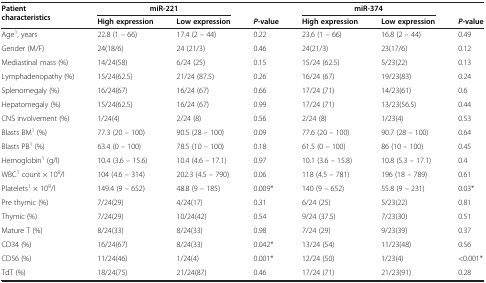
<table><thead><tr><td><b>Patient characteristics</b></td><td colspan="2"><b>miR-221</b></td><td><b> </b></td><td colspan="2"><b>miR-374</b></td><td><b> </b></td></tr><tr><td><b> </b></td><td><b>High expression</b></td><td><b>Low expression</b></td><td><b><i>P</i>-value</b></td><td><b>High expression</b></td><td><b>Low expression</b></td><td><b><i>P-</i>value</b></td></tr></thead><tbody><tr><td>Age<sup>1</sup>, years</td><td>22.8 (1 – 66)</td><td>17.4 (2 – 44)</td><td>0.22</td><td>23.6 (1 – 66)</td><td>16.8 (2 – 44)</td><td>0.49</td></tr><tr><td>Gender (M/F)</td><td>24(18/6)</td><td>24 (21/3)</td><td>0.46</td><td>24(21/3)</td><td>23(17/6)</td><td>0.12</td></tr><tr><td>Mediastinal mass (%)</td><td>14/24(58)</td><td>6/24 (25)</td><td>0.15</td><td>15/24 (62.5)</td><td>5/23(22)</td><td>0.13</td></tr><tr><td>Lymphadenopathy (%)</td><td>15/24(62.5)</td><td>21/24 (87.5)</td><td>0.26</td><td>16/24 (67)</td><td>19/23(83)</td><td>0.24</td></tr><tr><td>Splenomegaly (%)</td><td>16/24(67)</td><td>16/24 (67)</td><td>0.66</td><td>17/24 (71)</td><td>14/23(61)</td><td>0.6</td></tr><tr><td>Hepatomegaly (%)</td><td>15/24(62.5)</td><td>16/24 (67)</td><td>0.99</td><td>17/24 (71)</td><td>13/23(56.5)</td><td>0.44</td></tr><tr><td>CNS involvement (%)</td><td>1/24(4)</td><td>2/24 (8)</td><td>0.56</td><td>2/24 (8)</td><td>1/23(4)</td><td>0.53</td></tr><tr><td>Blasts BM<sup>1</sup> (%)</td><td>77.3 (20 – 100)</td><td>90.5 (28 – 100)</td><td>0.09</td><td>77.6 (20 – 100)</td><td>90.7 (28 – 100)</td><td>0.64</td></tr><tr><td>Blasts PB<sup>1</sup> (%)</td><td>63.4 (0 – 100)</td><td>78.5 (10 – 100)</td><td>0.18</td><td>61.5 (0 – 100)</td><td>86 (10 – 100)</td><td>0.45</td></tr><tr><td>Hemoglobin<sup>1</sup> (g/l)</td><td>10.4 (3.6 – 15.6)</td><td>10.4 (4.6 – 17.1)</td><td>0.97</td><td>10.1 (3.6 – 15.8)</td><td>10.8 (5.3 – 17.1)</td><td>0.4</td></tr><tr><td>WBC<sup>1</sup> count × 10<sup>9</sup>/l</td><td>104 (4.6 – 314)</td><td>202.3 (4.5 – 790)</td><td>0.06</td><td>118 (4.5 – 781)</td><td>196 (18 – 789)</td><td>0.61</td></tr><tr><td>Platelets<sup>1</sup> × 10<sup>9</sup>/l</td><td>149.4 (9 – 652)</td><td>48.8 (9 – 185)</td><td>0.009*</td><td>140 (9 – 652)</td><td>55.8 (9 – 231)</td><td>0.03*</td></tr><tr><td>Pre thymic (%)</td><td>7/24(29)</td><td>4/24(17)</td><td>0.31</td><td>6/24 (25)</td><td>5/23(22)</td><td>0.81</td></tr><tr><td>Thymic (%)</td><td>7/24(29)</td><td>10/24(42)</td><td>0.54</td><td>9/24 (37.5)</td><td>7/23(30)</td><td>0.51</td></tr><tr><td>Mature T (%)</td><td>8/24(33)</td><td>8/24(33)</td><td>0.98</td><td>7/24 (29)</td><td>9/23(39)</td><td>0.37</td></tr><tr><td>CD34 (%)</td><td>16/24(67)</td><td>8/24(33)</td><td>0.042*</td><td>13/24 (54)</td><td>11/23(48)</td><td>0.56</td></tr><tr><td>CD56 (%)</td><td>11/24(46)</td><td>1/24(4)</td><td>0.001*</td><td>12/24 (50)</td><td>1/23(4)</td><td>&lt;0.001*</td></tr><tr><td>TdT (%)</td><td>18/24(75)</td><td>21/24(87)</td><td>0.46</td><td>17/24 (71)</td><td>21/23(91)</td><td>0.28</td></tr></tbody></table>